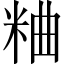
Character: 粬